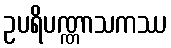
ဥပရိပဏ္ဏာသကဿ